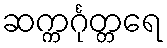
ဆက္ကင်္ဂုတ္တရေ